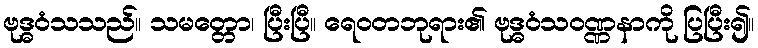
ဗုဒ္ဓဝံသသည်။ သမတ္တော၊ ပြီးပြီ။ ရေဝတဘုရား၏ ဗုဒ္ဓဝံသဝဏ္ဏနာကို ပြပြီး၍။